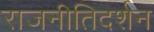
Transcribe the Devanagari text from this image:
राजनीतिदर्शन